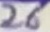
Text: 26